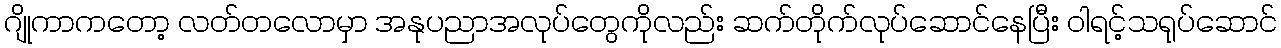
ဂျိုကာကတော့ လတ်တလောမှာ အနုပညာအလုပ်တွေကိုလည်း ဆက်တိုက်လုပ်ဆောင်နေပြီး ဝါရင့်သရုပ်ဆောင်